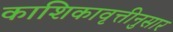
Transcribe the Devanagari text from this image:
काशिकावृत्तीनुसार